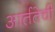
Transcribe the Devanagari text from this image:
आर्ततेची